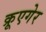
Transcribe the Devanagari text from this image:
क्रूएगेर